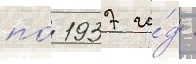
по́ 1937 го́д -